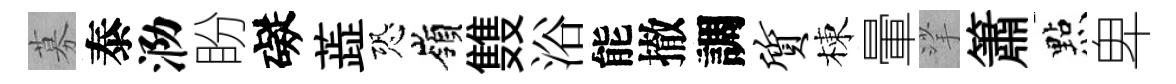
募泰泐盼礙蕋恐嶺䨇浴能撤調质棟暈挲簫㸃卑